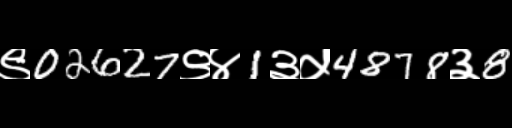
Text: ९02627९४1३५4878३8